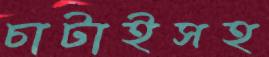
চাটাইসহ